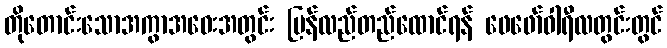
တိုတောင်းသောအကွာအဝေးအတွင်း ပြန်လည်တည်ထောင်ရန် ဖေဖော်ဝါရီလတွင်းတွင်